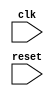
module behavioral_modeling_block (
  input wire clk,
  input wire reset
);

  reg [7:0] data;
  reg [2:0] count;

  always @(posedge clk or negedge reset) begin
    if (!reset) begin
      data <= 8'b0;
      count <= 3'b0;
    end else begin
      if (count < 3'b100) begin
        count <= count + 1;
      end else begin
        count <= 3'b0;
        data <= data + 1;
      end
    end
  end

endmodule